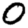
Digit: 0